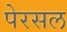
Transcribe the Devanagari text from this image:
पेरसल